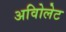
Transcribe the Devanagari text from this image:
अविोलेट